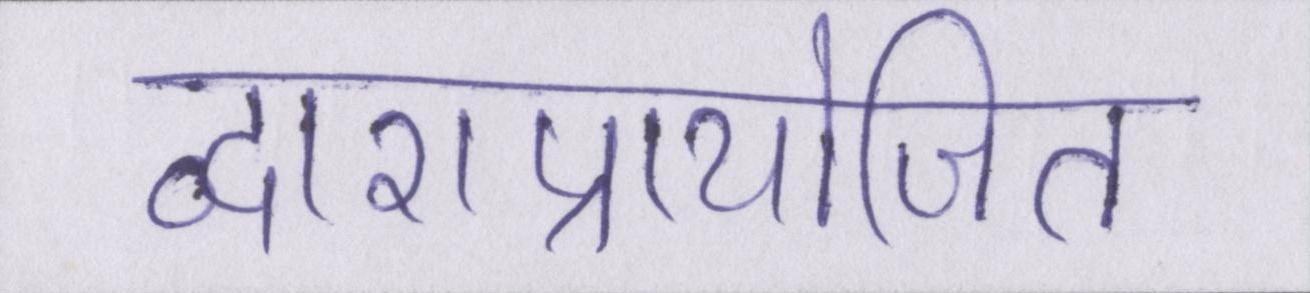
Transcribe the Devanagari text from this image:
द्वाराप्रायोजित